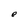
Character: e